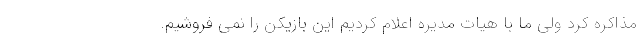
مذاکره کرد ولی ما با هیات مدیره اعلام کردیم این بازیکن را نمی فروشیم.